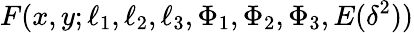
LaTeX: F(x,y;\ell_{1},\ell_{2},\ell_{3},\Phi_{1},\Phi_{2},\Phi_{3},E(\delta^{2}))